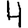
Digit: 4